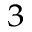
^ 3